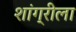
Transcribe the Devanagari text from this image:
शांग्रीला